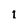
Character: 1